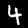
Digit: 4